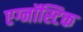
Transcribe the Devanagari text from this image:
एग्नॉस्टिक